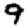
Digit: 9